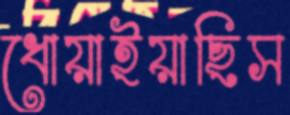
ধোয়াইয়াছিস